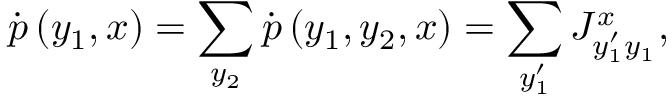
\dot { p } \left( y _ { 1 } , x \right) = \sum _ { y _ { 2 } } \dot { p } \left( y _ { 1 } , y _ { 2 } , x \right) = \sum _ { y _ { 1 } ^ { \prime } } J _ { y _ { 1 } ^ { \prime } y _ { 1 } } ^ { x } ,